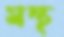
মন্থ